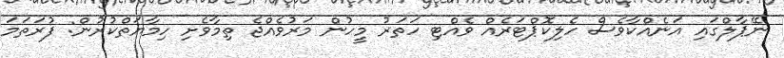
ނޭޕާލްގައި އަނެއްކާވެސް ހެލިކޮޕްޓަރެއް ވެއްޓި ހަތަރު މީހުން މަރުވެއްޖެ ތިމާވެށި ހިމާޔަތްކުރުން: ފުރަތަމަ